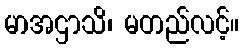
မာအဌာသိ၊ မတည်လင့်။